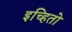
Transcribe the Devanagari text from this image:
इच्हितो